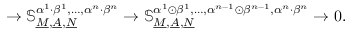
\to \mathbb { S } _ { \underline { { M } } , \underline { { A } } , \underline { { N } } } ^ { \alpha ^ { 1 } \cdot \beta ^ { 1 } , \dots , \alpha ^ { n } \cdot \beta ^ { n } } \to \mathbb { S } _ { \underline { { M } } , \underline { { A } } , \underline { { N } } } ^ { \alpha ^ { 1 } \odot \beta ^ { 1 } , \dots , \alpha ^ { n - 1 } \odot \beta ^ { n - 1 } , \alpha ^ { n } \cdot \beta ^ { n } } \to 0 .